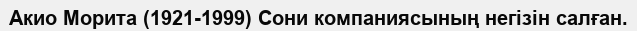
Акио Морита (1921-1999) Сони компаниясының негізін салған.